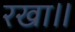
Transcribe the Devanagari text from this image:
रखा॥